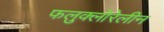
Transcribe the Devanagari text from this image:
फलुक्‍लोरेलीन